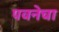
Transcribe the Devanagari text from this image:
पवनेचा